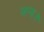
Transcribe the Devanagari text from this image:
जन्य।